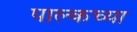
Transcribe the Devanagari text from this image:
पाल्कच्या